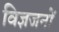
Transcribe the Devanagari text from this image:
विज्ञजनों